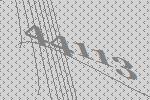
44113